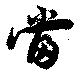
當